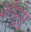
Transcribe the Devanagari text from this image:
कॉप्रुसु